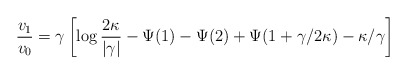
\begin{align*}\frac{v_1}{v_0} =\gamma\left[ \log\frac{2\kappa}{|\gamma|} - \Psi(1)-\Psi(2)+\Psi(1+\gamma/2\kappa)-\kappa/\gamma\right] \end{align*}